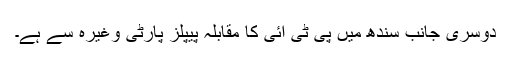
دوسری جانب سندھ میں پی ٹی آئی کا مقابلہ پیپلز پارٹی وغیرہ سے ہے۔